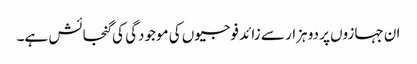
ان جہازوں پر دو ہزار سے زائد فوجیوں کی موجودگی کی گنجائش ہے۔